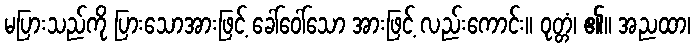
မပြားသည်ကို ပြားသောအားဖြင့် ခေါ်ဝေါ်သော အားဖြင့် လည်းကောင်း။ ဝုတ္တံ၊ ၏။ အညထာ၊